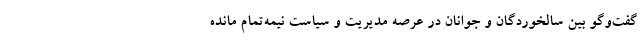
گفت‌وگو بین سالخوردگان و جوانان در عرصه مدیریت و سیاست نیمه‌تمام مانده